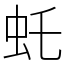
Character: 虴